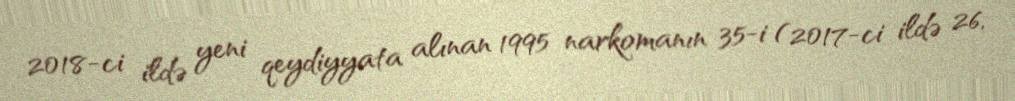
2018-ci ildə yeni qeydiyyata alınan 1995 narkomanın 35-i (2017-ci ildə 26,